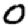
Digit: 0